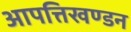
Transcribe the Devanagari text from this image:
आपत्तिखण्डन